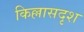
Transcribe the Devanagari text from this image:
किल्लासदृश